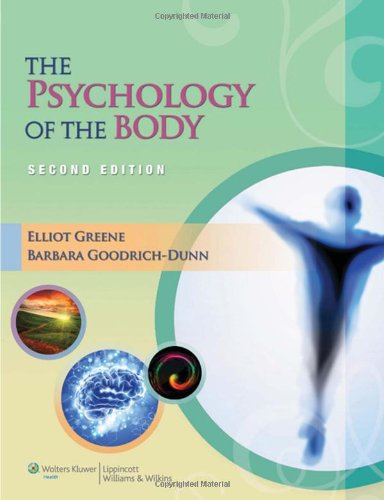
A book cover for The Psychology of the Body (LWW Massage Therapy and Bodywork Educational Series); Elliot Greene MA  NCTMB; Health, Fitness & Dieting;